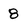
Character: 8